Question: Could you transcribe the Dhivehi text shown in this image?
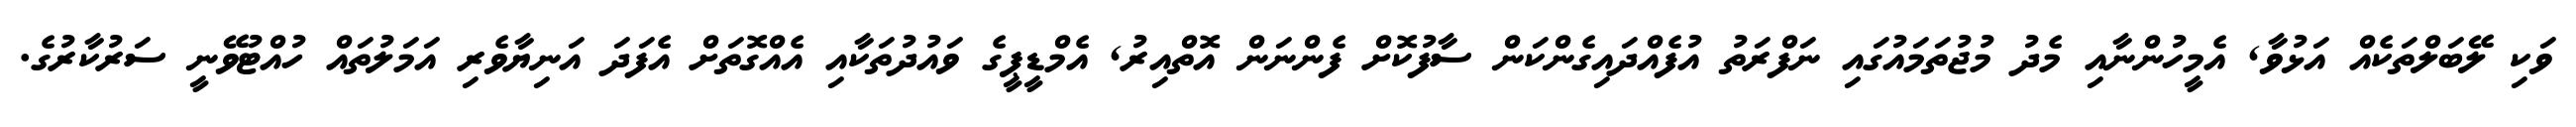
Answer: ވަކި ލޭބަލްތަކެއް އަޅުވާ, އެމީހުންނާއި މެދު މުޖުތަމައުގައި ނަފްރަތު އުފެއްދައިގެންކަން ސާފުކޮށް ފެންނަން އޮތްއިރު, އެމްޑީޕީގެ ވައުދުތަކާއި އެއްގޮތަށް އެފަދަ އަނިޔާވެރި އަމަލުތައް ހުއްޓުވޭނީ ސަރުކާރުގެ.